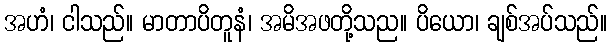
အဟံ၊ ငါသည်။ မာတာပိတူနံ၊ အမိအဖတို့သည။ ပိယော၊ ချစ်အပ်သည်။